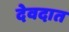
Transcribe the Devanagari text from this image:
देवदात